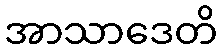
အာသာဒေတိ